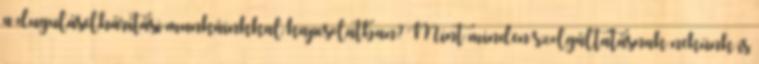
a duguláselhárítási munkáinkkal kapcsolatban? Mint minden szolgáltatásnak nekünk is